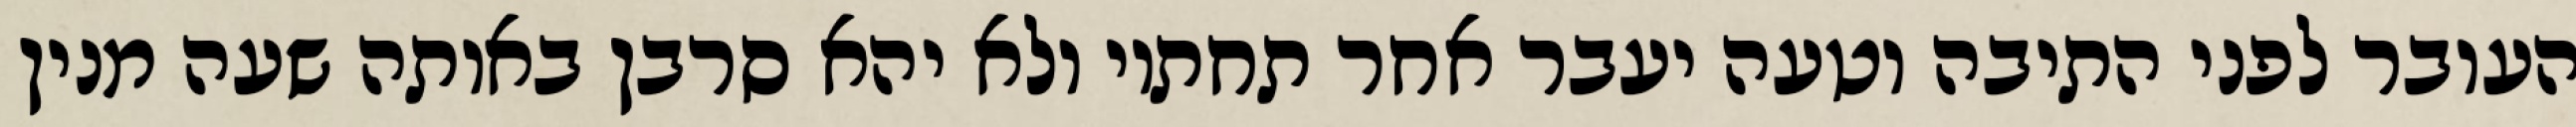
העובר לפני התיבה וטעה יעבר אחר תחתיו ולא יהא סרבן באותה שעה מנין